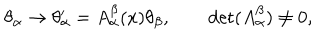
\theta _ { \alpha } \rightarrow \theta _ { \alpha } ^ { \prime } = A _ { \alpha } ^ { \beta } ( x ) \theta _ { \beta } , \qquad \det ( A _ { \alpha } ^ { \beta } ) \neq 0 ,